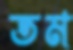
তম